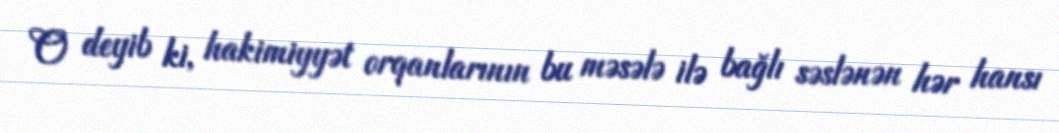
O deyib ki, hakimiyyət orqanlarının bu məsələ ilə bağlı səslənən hər hansı